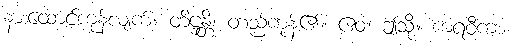
နားထောင်ကုန်လျက်။ တိဋ္ဌန္တိ၊ တည်ကုန်၏။ ဧဝံ၊ ဤသို့။ ကရဝီကာ၊